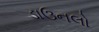
ડાઉનલો